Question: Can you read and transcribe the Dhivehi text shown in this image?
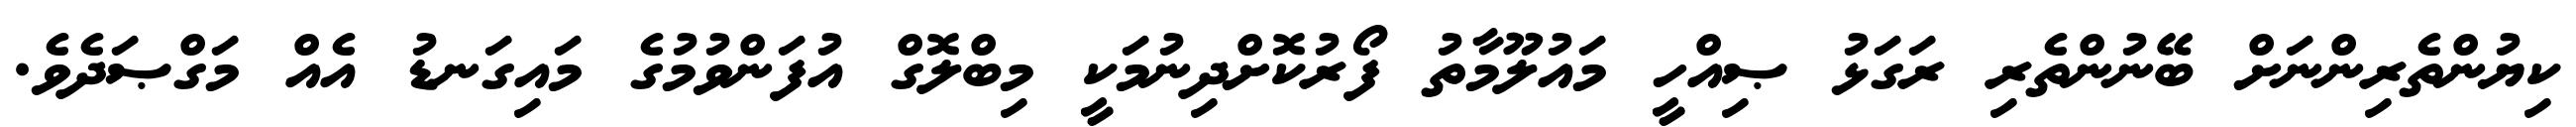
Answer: ކިޔުންތެރިންނަށް ބޭނުންތެރި ރަގަޅު ޞިއްހީ މައުލޫމާތު ފޯރުކޮށްދިނުމަކީ މިބްލޮގް އުފަންވުމުގެ މައިގަނޑު އެއް މަގްޞަދެވެ.